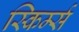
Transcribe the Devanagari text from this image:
स्किर्म्स